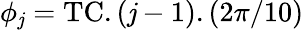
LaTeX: \phi_{\mathit{j}}=\mathrm{{TC}}.(\mathit{j}-1).(2\pi/10)